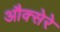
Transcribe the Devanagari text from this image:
औक्सेरे